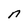
Character: n